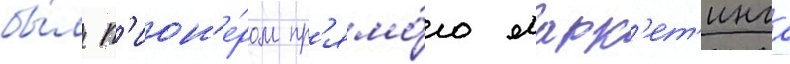
бы́л п'ион'е́ром пр'ямо́го марк'ет'инга